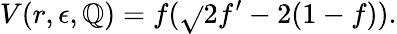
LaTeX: V(r,\epsilon,\mathbb{Q})=f(\sqrt{}{2}f^{\prime}-2(1-f)).